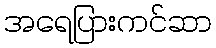
အရေပြားကင်ဆာ